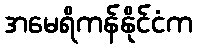
အမေရိကန်နိုင်ငံက